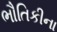
ભૌતિકીના